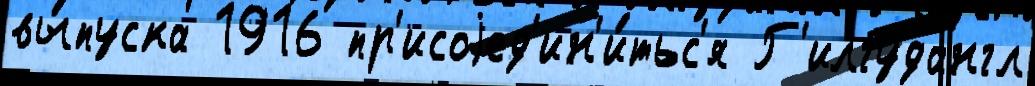
вы́пуска 1916 пр'исоjед'ин'и́тьс'я Г'илгудангл